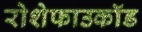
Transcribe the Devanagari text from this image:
रोशेफाउकॉड